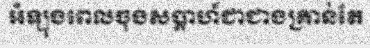
អំឡុងពេលចុងសប្តាហ៍ជាជាងគ្រាន់តែ